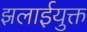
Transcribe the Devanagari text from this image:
झलाईयुक्त